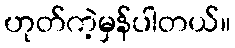
ဟုတ်ကဲ့မှန်ပါတယ်။